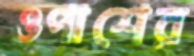
ওপাশের